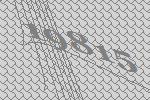
19815